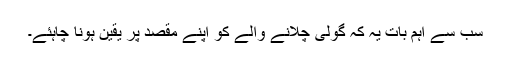
سب سے اہم بات یہ کہ گولی چلانے والے کو اپنے مقصد پر یقین ہونا چاہئے۔